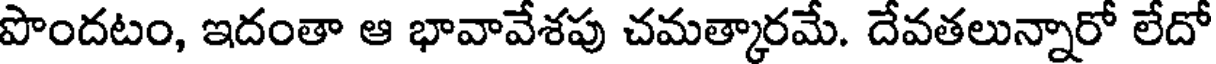
పొందటం, ఇదంతా ఆ భావావేశపు చమత్కారమే. దేవతలున్నారో లేదో